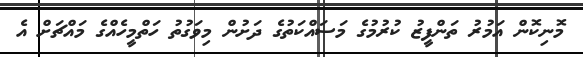
މޮނިކޮން އަމުރު ތަންފީޒު ކުރުމުގެ މަސައްކަތުގެ ދަށުން މިވަގުތު ހަތްމީހެއްގެ މައްޗަށް އެ